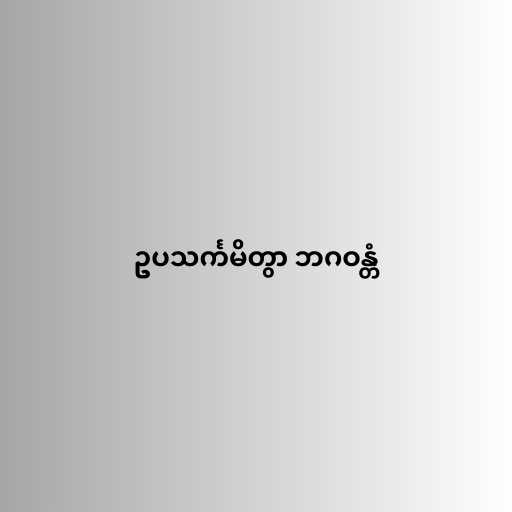
ဥပသင်္ကမိတွာ ဘဂဝန္တံ